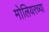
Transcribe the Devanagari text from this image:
मोलियरच्या